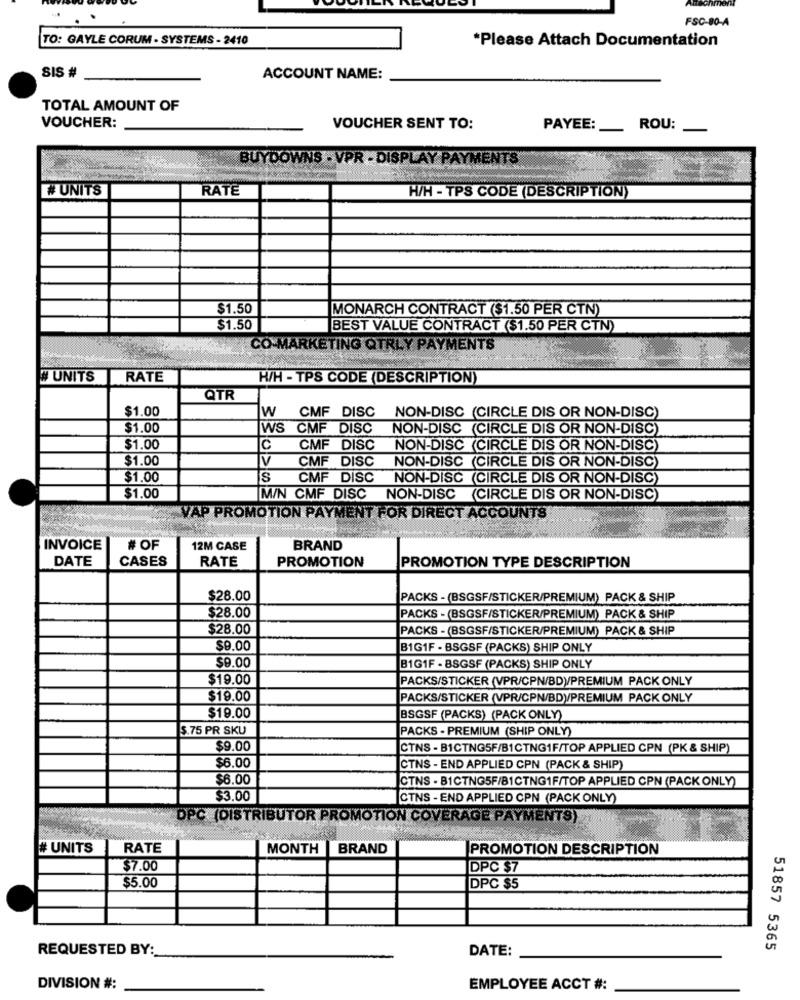
FSC-80-A
TO: GAYLE CORUM - SYSTEMS - 2410
*Please Attach Documentation
SIS #
ACCOUNT NAME:
TOTAL AMOUNT OF
VOUCHER:
VOUCHER SENT TO:
PAYEE:
-
ROU:
BUYDOWNS - VPR - DISPLAY PAYMENTS
#UNIT'S
RATE
H/H - TPS CODE (DESCRIPTION)
$1.50
MONARCH CONTRACT ($1.50 PER CTN)
$1.50
BEST VALUE CONTRACT ($1.50 PER CTN)
CO-MARKETING QTRLY PAYMENTS
# UNITS
RATE
H/H - TPS CODE (DESCRIPTION)
QTR
$1.00
W CMF DISC
NON-DISC (CIRCLE DIS OR NON-DISC)
$1.00
WS CMF DISC
NON-DISC (CIRCLE DIS OR NON-DISC)
$1.00
C
CMF DISC
NON-DISC (CIRCLE DIS OR NON-DISC)
$1.00
V
CMF DISC
NON-DISC (CIRCLE DIS OR NON-DISC)
$1.00
S
CMF DISC
NON-DISC (CIRCLE DIS OR NON-DISC)
$1.00
M/N CMF DISC NON-DISC (CIRCLE DIS OR NON-DISC)
VAP PROMOTION PAYMENT FOR DIRECT ACCOUNTS
INVOICE
# OF
12M CASE
BRAND
DATE
CASES
RATE
PROMOTION
PROMOTION TYPE DESCRIPTION
$28.00
PACKS - (BSGSF/STICKER/PREMIUM) PACK & SHIP
$28.00
PACKS - (BSGSF/STICKER/PREMIUM) PACK & SHIP
$28.00
PACKS - (BSGSF/STICKER/PREMIUM) PACK & SHIP
$9.00
B1G1F - BSGSF (PACKS) SHIP ONLY
$9.00
B1G1F - BSGSF (PACKS) SHIP ONLY
$19.00
PACKS/STICKER (VPR/CPN/BD)/PREMIUM PACK ONLY
$19.00
PACKS/STICKER (VPR/CPN/BD)/PREMIUM PACK ONLY
$19.00
BSGSF (PACKS) (PACK ONLY)
$.75 PR SKU
PACKS - PREMIUM (SHIP ONLY)
$9.00
CTNS - B1CTNG5F/B1CTNG1F/TOP APPLIED CPN (PK & SHIP)
$6.00
CTNS - END APPLIED CPN (PACK & SHIP)
$6.00
ICTNS - B1CTNG5F/B1CTNG1F/TOP APPLIED CPN (PACK ONLY)
$3.00
CTNS - END APPLIED CPN (PACK ONLY)
DPC (DISTRIBUTOR PROMOTION COVERAGE PAYMENTS)
# UNITS
RATE
MONTH BRAND
PROMOTION DESCRIPTION
$7.00
DPC $7
$5.00
DPC $5
REQUESTED BY:
DATE:
51857 5365
DIVISION #:
EMPLOYEE ACCT #: